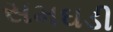
સમઘડી